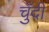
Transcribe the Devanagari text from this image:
चुँदी